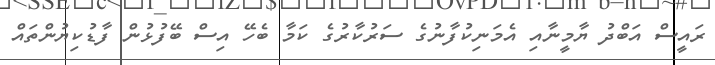
ރައީސް އަބްދު ޔާމީނާއި އެމަނިކުފާނުގެ ސަރުކާރުގެ ކަމާ ބެހޭ އިސް ބޭފުޅުން ފާޑުކިޔުންތައް